Report of the Indian Hemp Drugs Commission, 1894-1895 - Volume I
Year: 1894
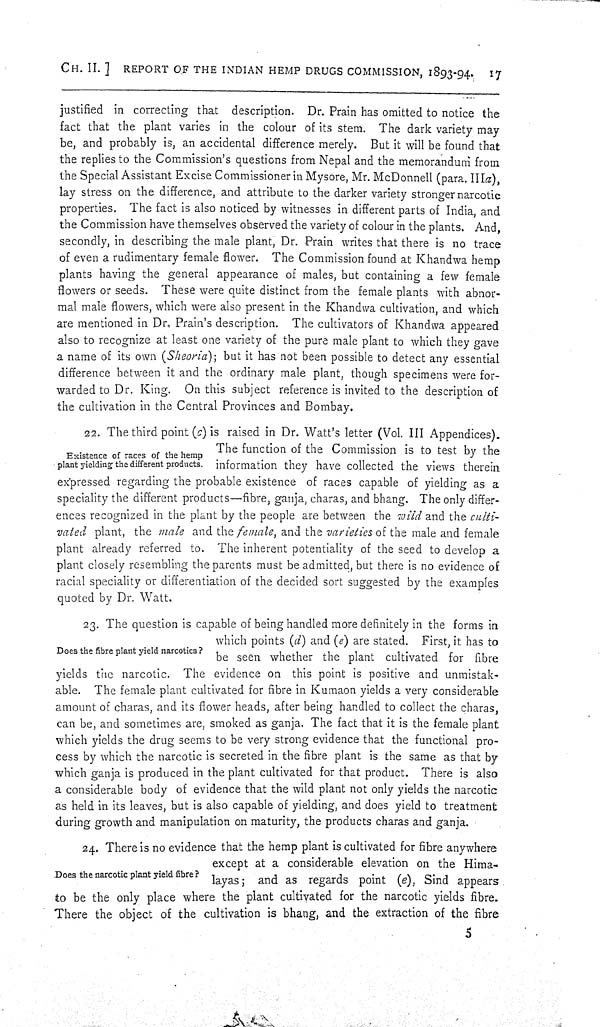
CH. II.] REPORT OF THE INDIAN HEMP DRUGS COMMISSION, 1893-94. 17
justified in correcting that description. Dr. Prain has omitted to notice the
fact that the plant varies in the colour of its stem. The dark variety may
be, and probably is, an accidental difference merely. But it will be found that
the replies to the Commission's questions from Nepal and the memorandum from
the Special Assistant Excise Commissioner in Mysore, Mr. McDonnell (para. IIIa),
lay stress on the difference, and attribute to the darker variety stronger narcotic
properties. The fact is also noticed by witnesses in different parts of India, and
the Commission have themselves observed the variety of colour in the plants. And,
secondly, in describing the male plant, Dr. Prain writes that there is no trace
of even a rudimentary female flower. The Commission found at Khandwa hemp
plants having the general appearance of males, but containing a few female
flowers or seeds. These were quite distinct from the female plants with abnor-
mal male flowers, which were also present in the Khandwa cultivation, and which
are mentioned in Dr. Prain's description. The cultivators of Khandwa appeared
also to recognize at least one variety of the pure male plant to which they gave
a name of its own (Sheoria); but it has not been possible to detect any essential
difference between it and the ordinary male plant, though specimens were for-
warded to Dr. King. On this subject reference is invited to the description of
the cultivation in the Central Provinces and Bombay.
Existence of races of the hemp
plant yielding the different products.
22. The third point (c) is raised in Dr. Watt's letter (Vol. III Appendices).
The function of the Commission is to test by the
information they have collected the views therein
expressed regarding the probable existence of races capable of yielding as a
speciality the different products—fibre, ganja, charas, and bhang. The only differ-
ences recognized in the plant by the people are between the wild and the culti-
vated plant, the male and the female, and the varieties of the male and female
plant already referred to. The inherent potentiality of the seed to develop a
plant closely resembling the parents must be admitted, but there is no evidence of
racial speciality or differentiation of the decided sort suggested by the examples
quoted by Dr. Watt.
Does the fibre plant yield narcotics?
23. The question is capable of being handled more definitely in the forms in
which points (d) and (e) are stated. First, it has to
be seen whether the plant cultivated for fibre
yields the narcotic. The evidence on this point is positive and unmistak-
able. The female plant cultivated for fibre in Kumaon yields a very considerable
amount of charas, and its flower heads, after being handled to collect the charas,
can be, and sometimes are, smoked as ganja. The fact that it is the female plant
which yields the drug seems to be very strong evidence that the functional pro-
cess by which the narcotic is secreted in the fibre plant is the same as that by
which ganja is produced in the plant cultivated for that product. There is also
a considerable body of evidence that the wild plant not only yields the narcotic
as held in its leaves, but is also capable of yielding, and does yield to treatment
during growth and manipulation on maturity, the products charas and ganja.
Does the narcotic plant yield fibre?
24. There is no evidence that the hemp plant is cultivated for fibre anywhere
except at a considerable elevation on the Hima-
layas; and as regards point (e), Sind appears
to be the only place where the plant cultivated for the narcotic yields fibre.
There the object of the cultivation is bhang, and the extraction of the fibre
5